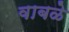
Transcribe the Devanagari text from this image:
वाबळे